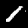
Label: 1